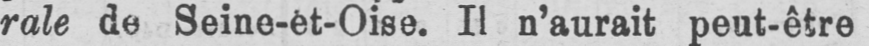
rale de Seine-et-Oise. Il n’aurait peut-être